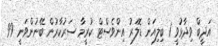
އަދީބް ވިދާޅުވީ 1 ބިލިއަން ޑޮލަރު އިންވެސްޓް ކުރީމާ ސަރުކާރުން ބޭނުންވަނީ 99